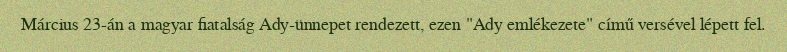
Március 23-án a magyar fiatalság Ady-ünnepet rendezett, ezen "Ady emlékezete" című versével lépett fel.